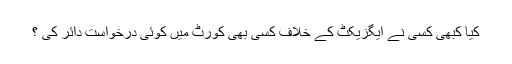
کیا کبھی کسی نے ایگزیکٹ کے خلاف کسی بھی کورٹ میں کوئی درخواست دائر کی ؟